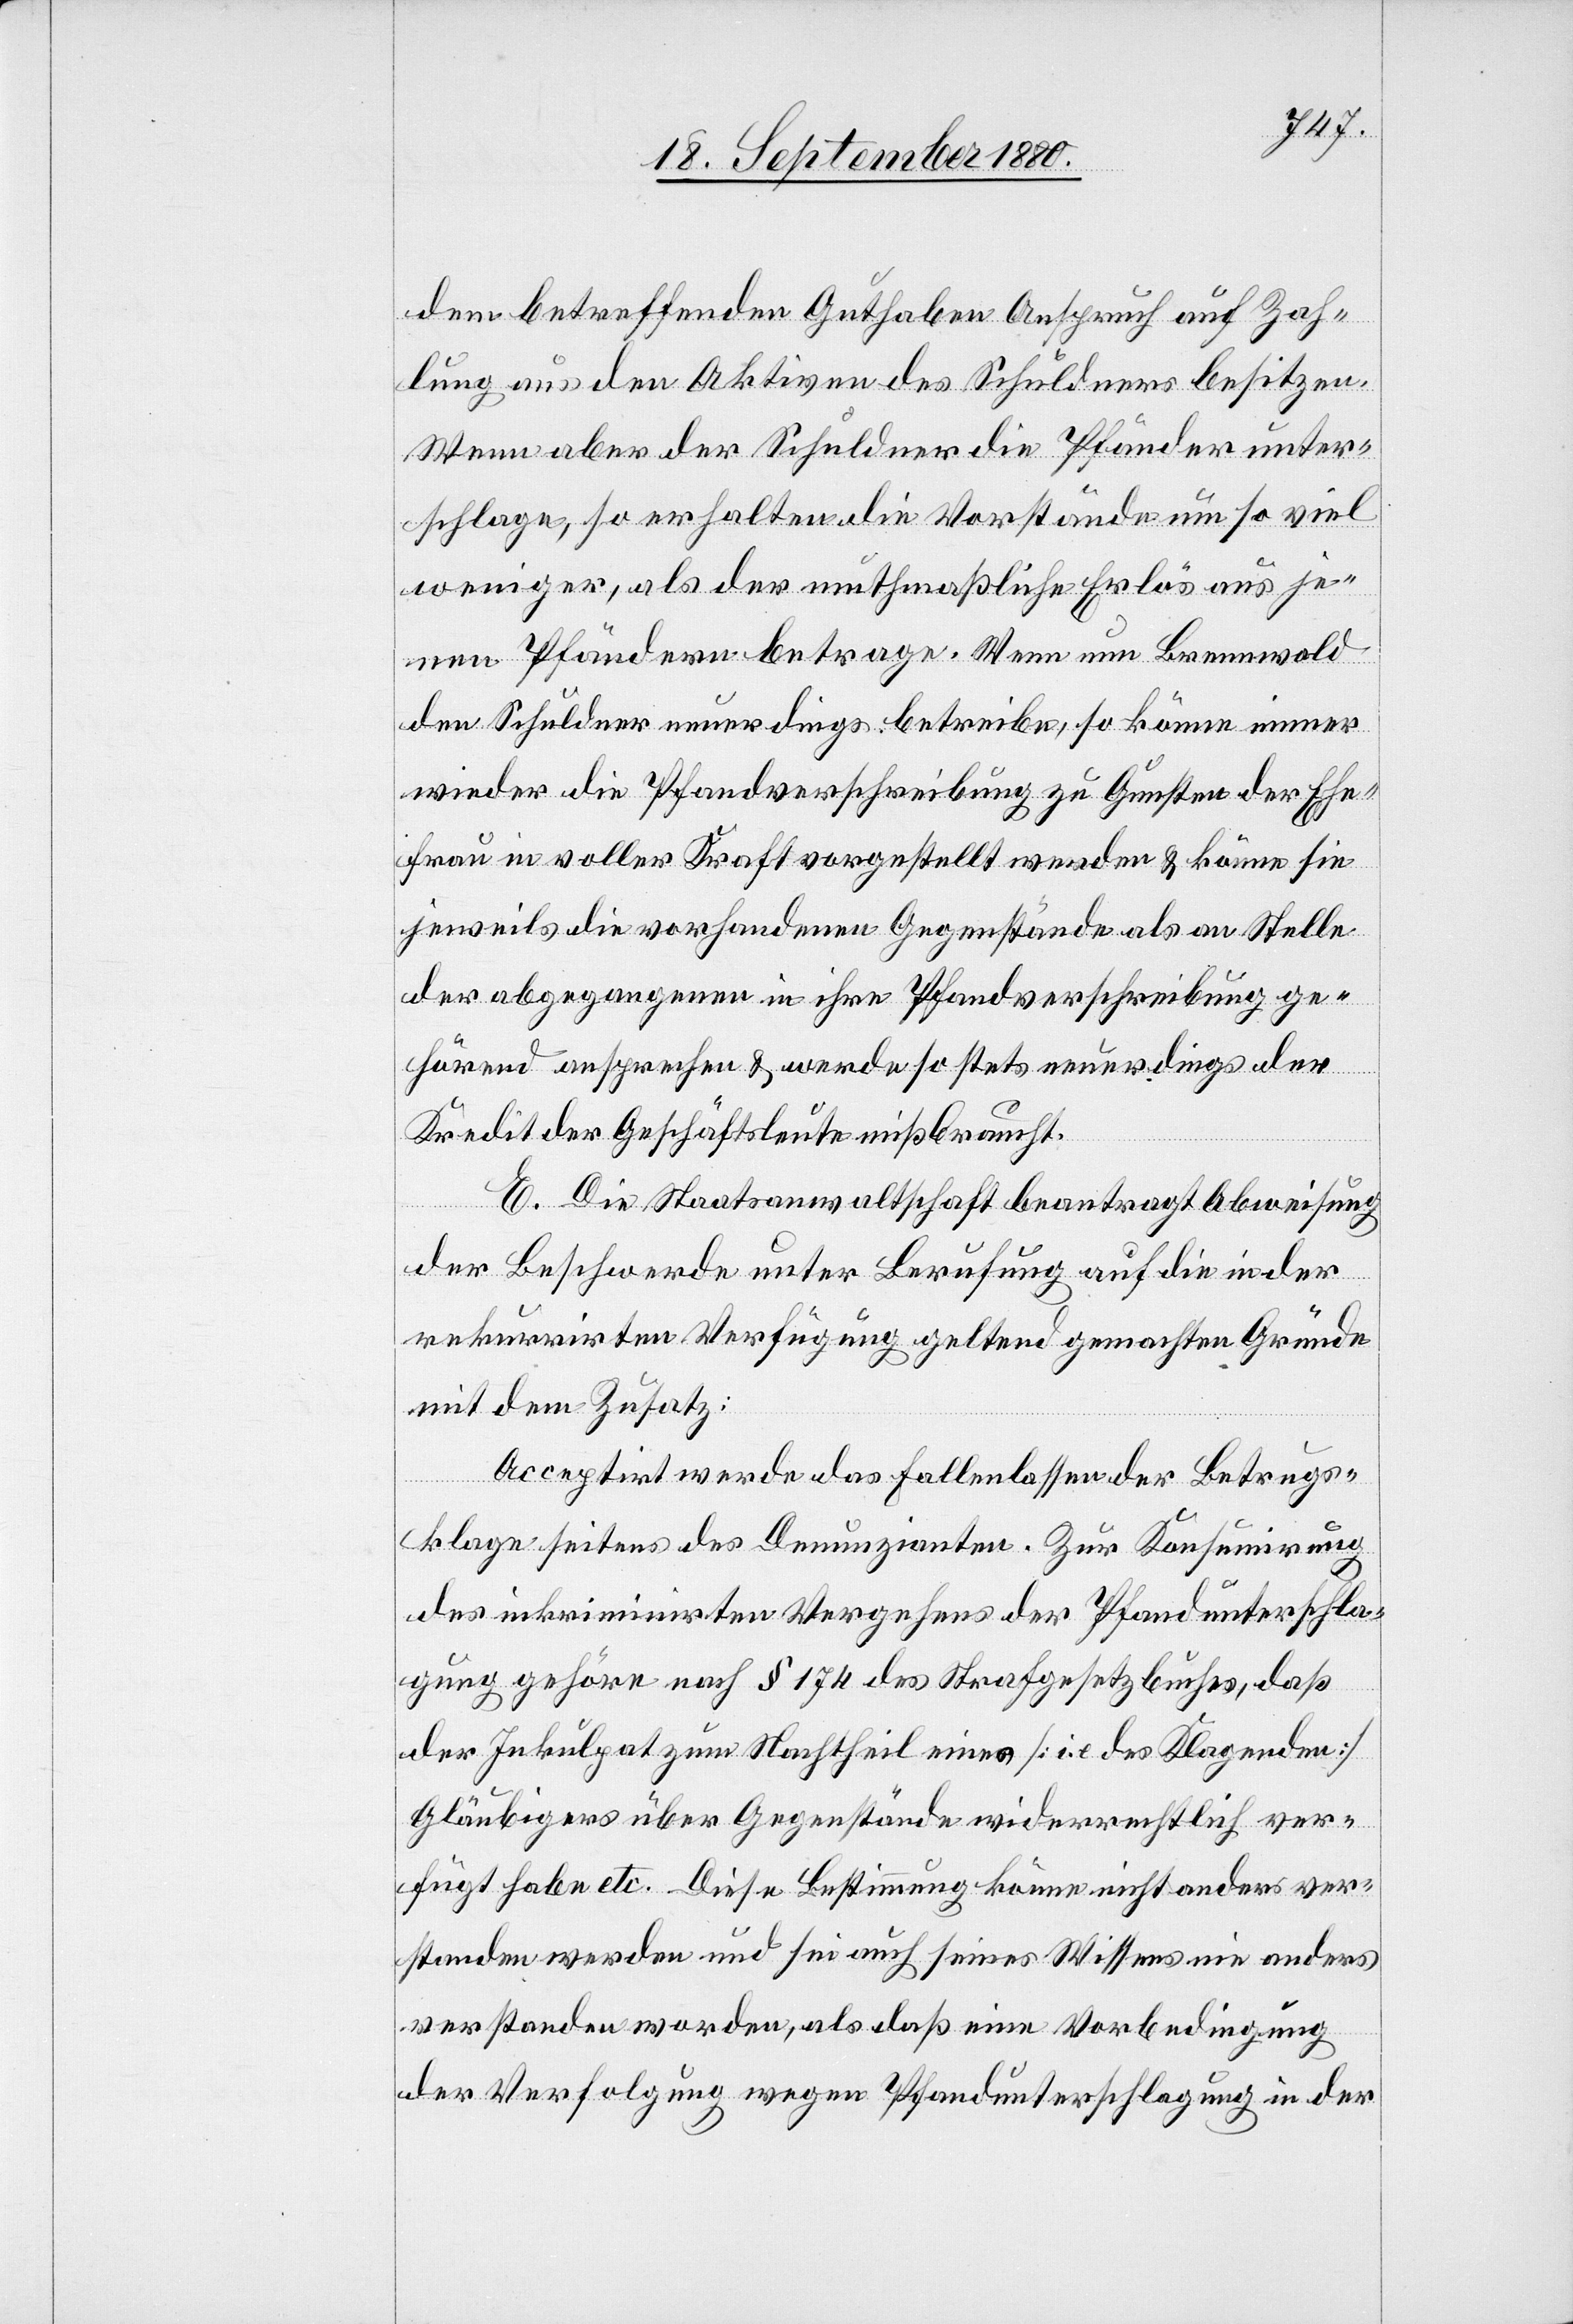
dem betreffenden Gutachten Anspruch auf Zah¬
lung aus den Aktiven des Schuldners besitzen.
Wenn aber der Schuldner die Pfänder unter¬
schlage, so erhalten die Vorstände um so viel
weniger, als der muthmaßliche Erlös aus je¬
nen Pfändern betrage. Wenn nun Brennwald
den Schuldner neuerdings betreibe, so könne immer
wieder die Pfandverschreibung zu Gunsten der Ehe¬
frau in voller Kraft vorgestellt werden & könne sie
jeweils die vorhandenen Gegenstände als an Stelle
der abgegangenen in ihre Pfandverschreibung ge¬
hörend ansprechen & werde so stets neuerdings der
Kredit der Geschäftsleute mißbraucht.
E. Die Staatsanwaltschaft beantragt Abweisung
der Beschwerde unter Berufung auf die in der
rekurrirten Verfügung geltend gemachten Gründe
mit dem Zusatz:
Acceptirt werde das Fallenlassen der Betrugs¬
klage seitens des Denunzianten. Zur Konsumirung
des inkriminirten Vergehens der Pfandunterschla¬
gung gehöre nach § 174 des Strafgesetzbuches, daß
der Inkulpat zum Nachtheil eines [i. e. des Klagenden]
Gläubigers über Gegenstände widerrechtlich ver¬
fügt hatte etc. Diese Bestimmung könne nicht anders ver¬
standen werden und sei auch seines Wissens nie anders
verstanden worden, als daß eine Vorbedingung
der Verfolgung wegen Pfandunterschlagung in der